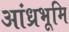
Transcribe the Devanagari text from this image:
आंध्रभूमि